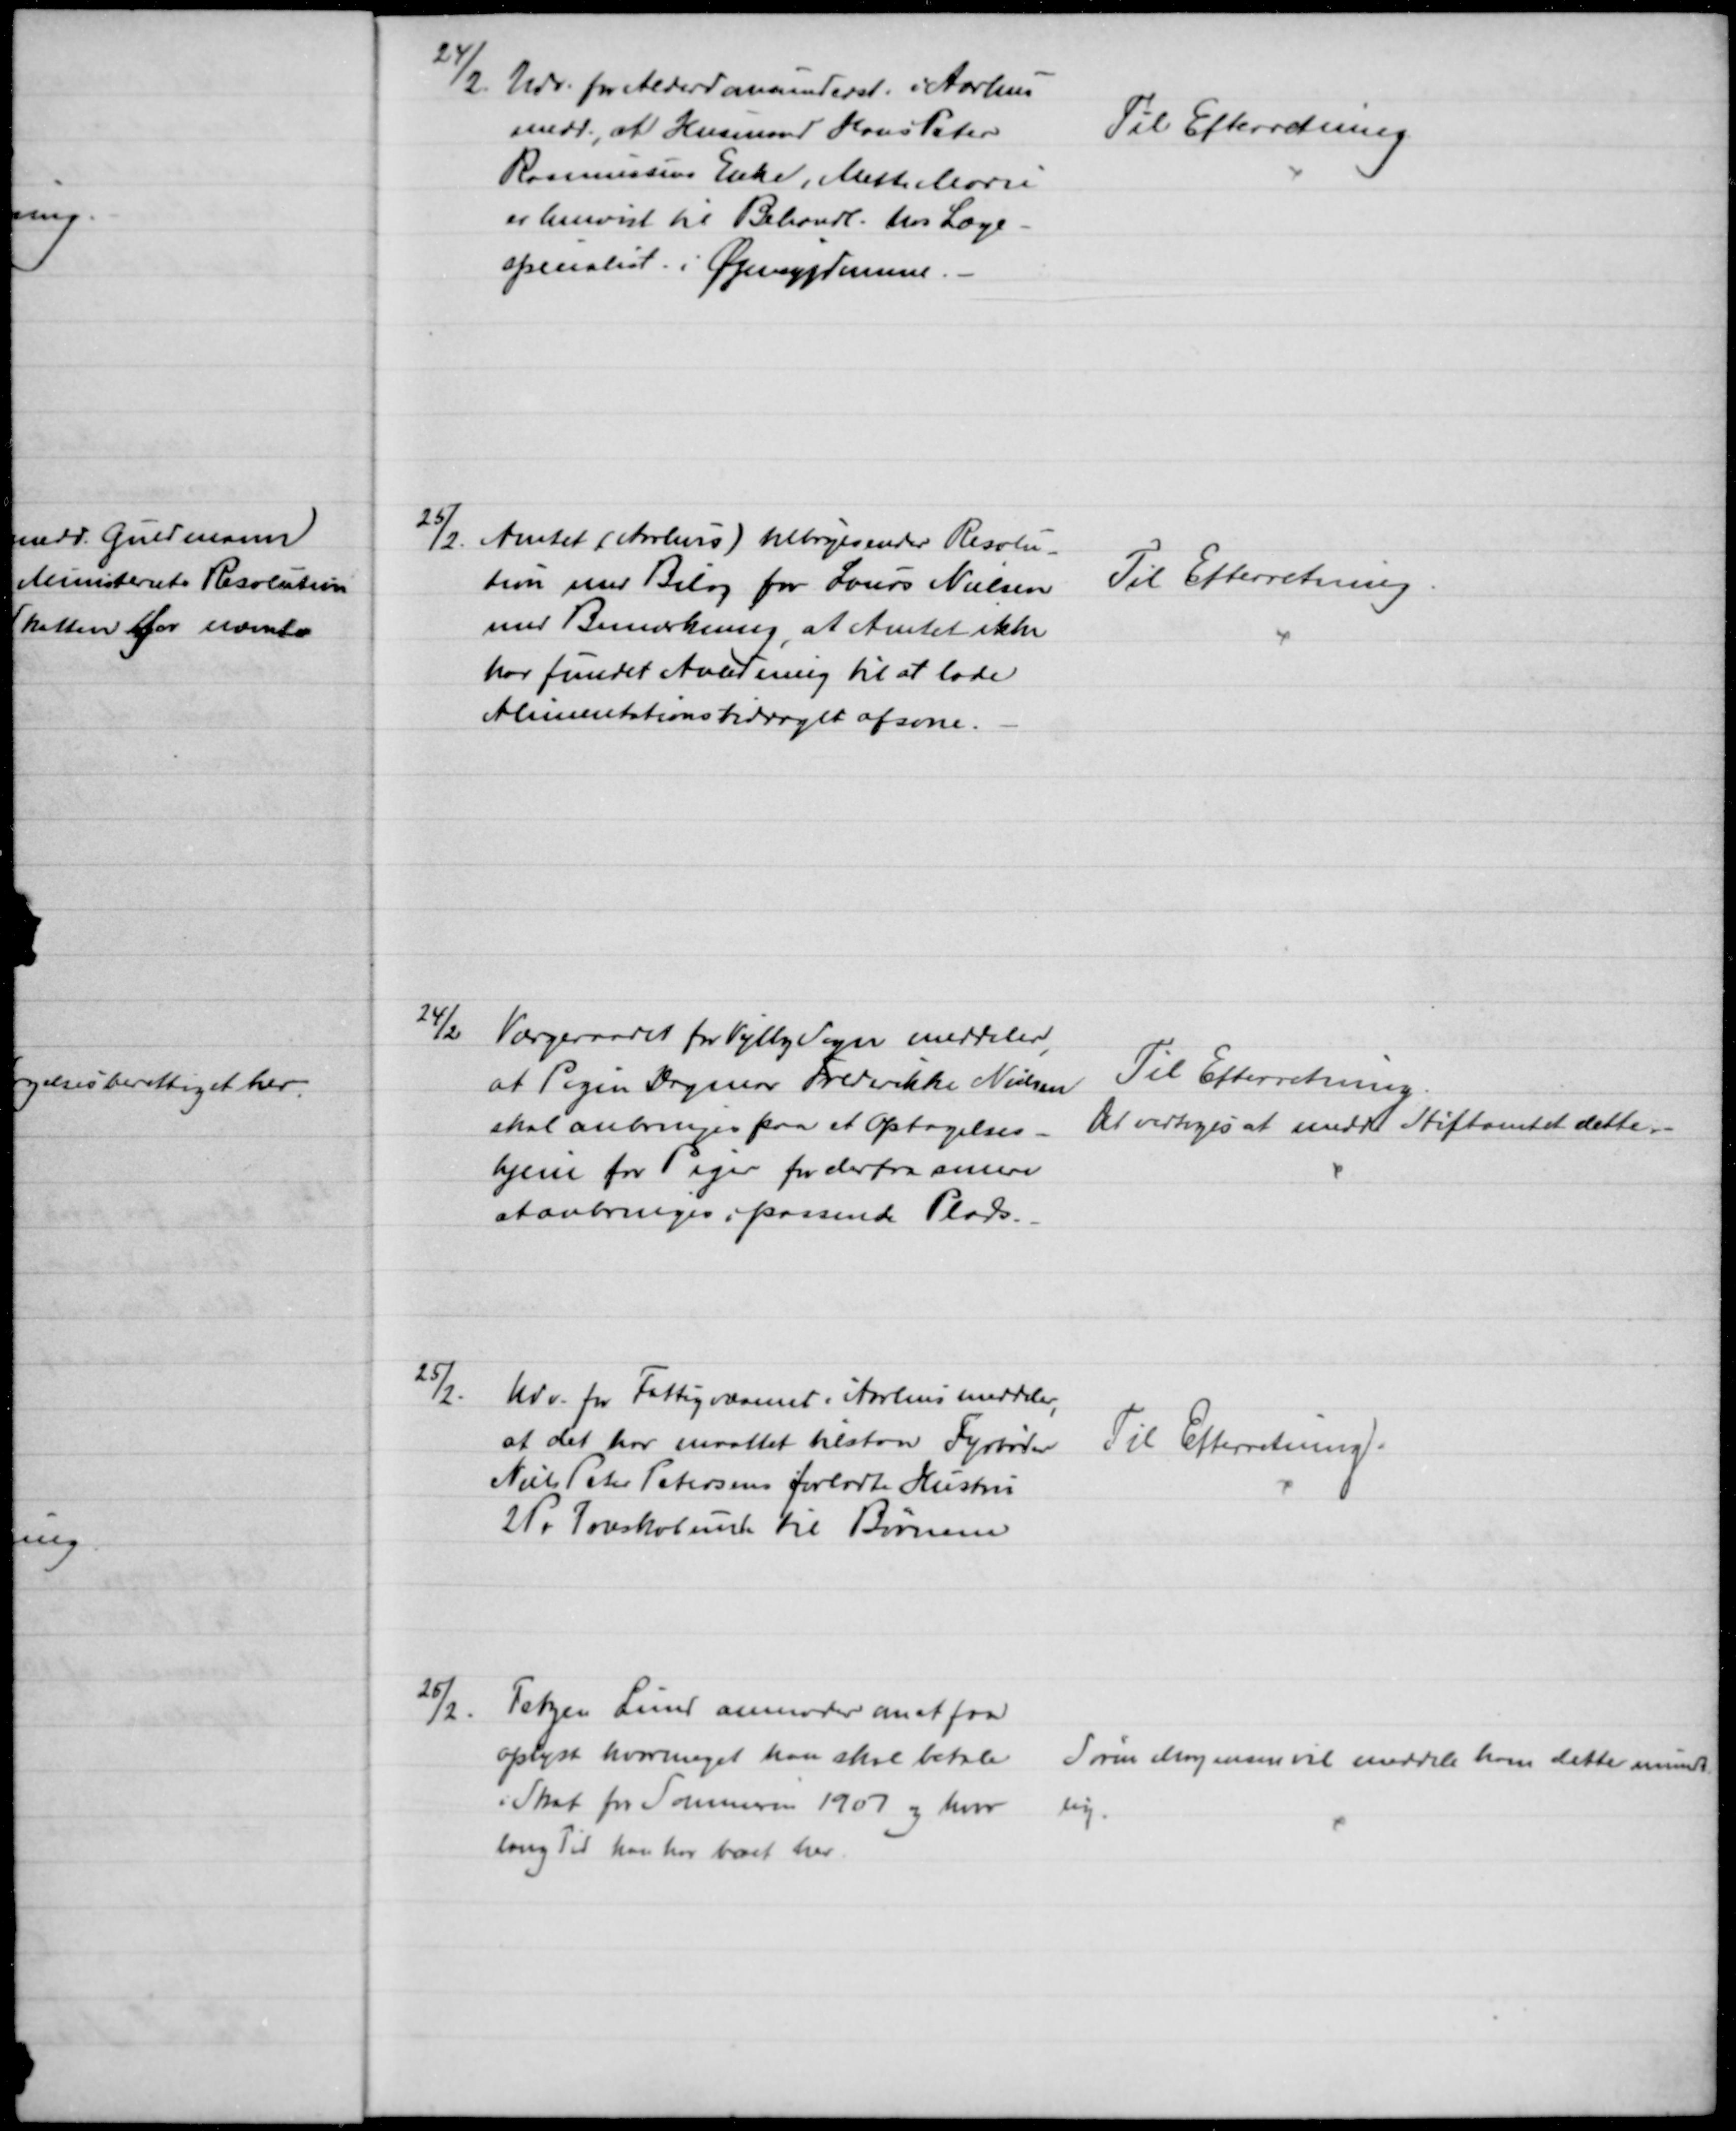
Transskription:
24/2.
Udv. for Alderdomsunderst. i Aarhus
medd., at Husmand Hans Peter
Rasmussens Enke, Mette Marie
er henvist til Behandl. hos Læge
specialist i Øjensygdomme.
Til Efterretning.
25/2. Amtet (Aarhus) tilbagesender Resolu-
tion med Bilag for Laurs Nielsen
med Bemærkning, at Amtet ikke
har fundet Anledning til at lade
Alimentationsbidraget afsone.
Til Efterretning
24/2 Værgeraadet for Vejlby Sogn meddeler
,
at Pigen Dagmar Frederikke Nielsen
skal anbringes paa et Optagelses-
hjem for Piger for derfra senere
at anbringes i passende Plads.
Til Efterretning
Det vedtoges at medd. Stiftamtet dette.
25/2.
Udv. for Fattigvæsenet i Aarhus meddeler,
at det har maattet tilstaa Fyrbøder
Niels Peter Petersens forladte Hustru
2 Par Træskobunde til Børnene
Til Efterretning.
25/2.
Tetzen Lund anmoder om at faa
oplyst hvormeget kan skal betale
i Skat for Sommeren 1907 og hvor
lang Tid kan har boet her.
Søren Mogensen vil meddele kom dette mundt
lig.